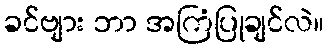
ခင်ဗျား ဘာ အကြံပြုချင်လဲ။